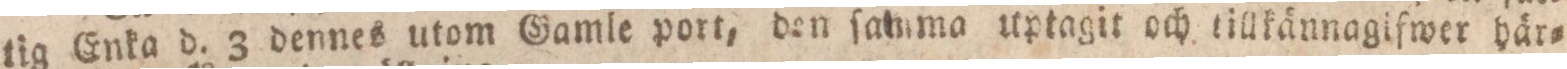
tig Enka d. 3 dennes utom Gamle port, den ſamma uptagit och tillkännagifwer här=